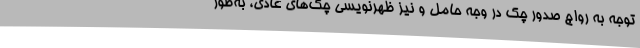
توجه به رواج صدور چک در وجه حامل و نیز ظهرنویسی چک‌های عادی، به‌طور